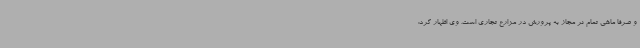
و صرفا ماهی تمام نر مجاز به پرورش در مزارع تجاری است. وی اظهار کرد: